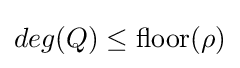
deg(Q)\leq {\text{floor}}(\rho )